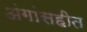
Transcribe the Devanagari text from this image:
अंगांसहीत